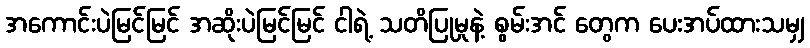
အကောင်းပဲမြင်မြင် အဆိုးပဲမြင်မြင် ငါရဲ့ သတိပြုမှုနဲ့ စွမ်းအင် တွေက ပေးအပ်ထားသမျှ